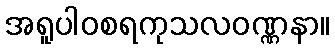
အရူပါဝစရကုသလဝဏ္ဏနာ။